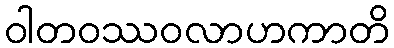
ဝါတဝဿဝလာဟကာတိ